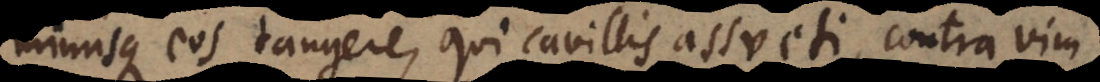
minusque eos tangere, qui cavillis assueti, contra vim